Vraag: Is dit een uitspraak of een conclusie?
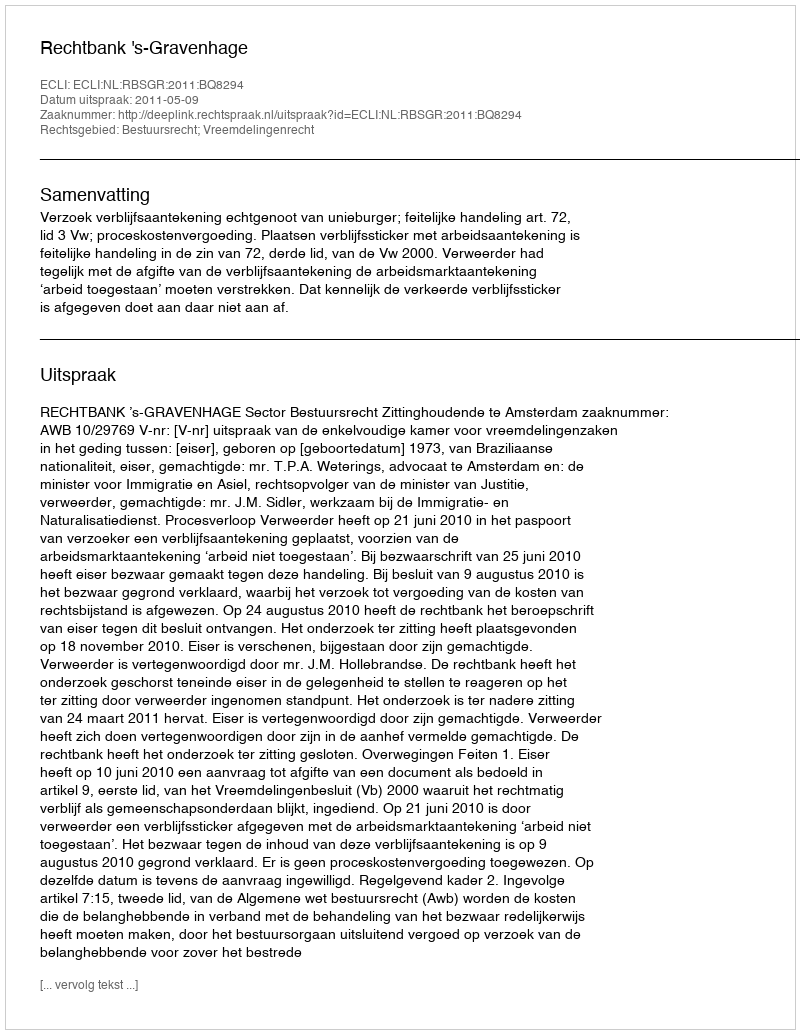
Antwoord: Uitspraak